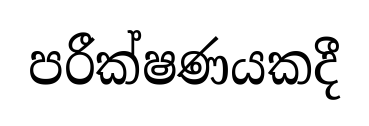
පරීක්ෂණයකදී